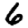
Digit: 6